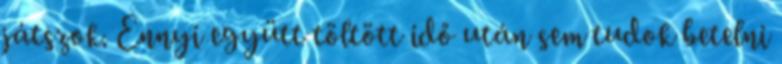
játszok. Ennyi együtt töltött idő után sem tudok betelni